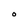
Character: O